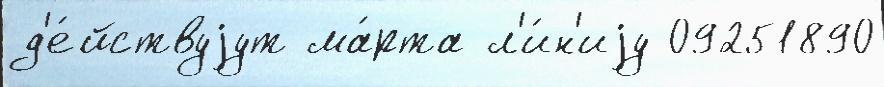
д'е́йствуjут ма́рта л'и́н'иjу 09251890